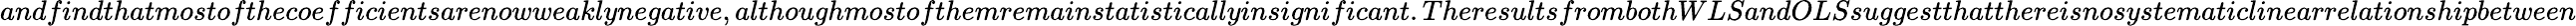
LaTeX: andfindthatmostofthecoefficientsarenowweaklynegative,althoughmostofthemremainstatisticallyinsignificant.TheresultsfrombothWLSandOLSsuggestthatthereisnosystematiclinearrelationshipbetween